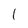
Character: 1